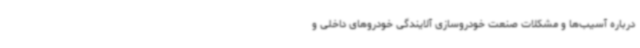
درباره آسیب‌ها و مشکلات صنعت خودروسازی آلایندگی خودروهای داخلی و